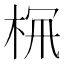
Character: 𣑪